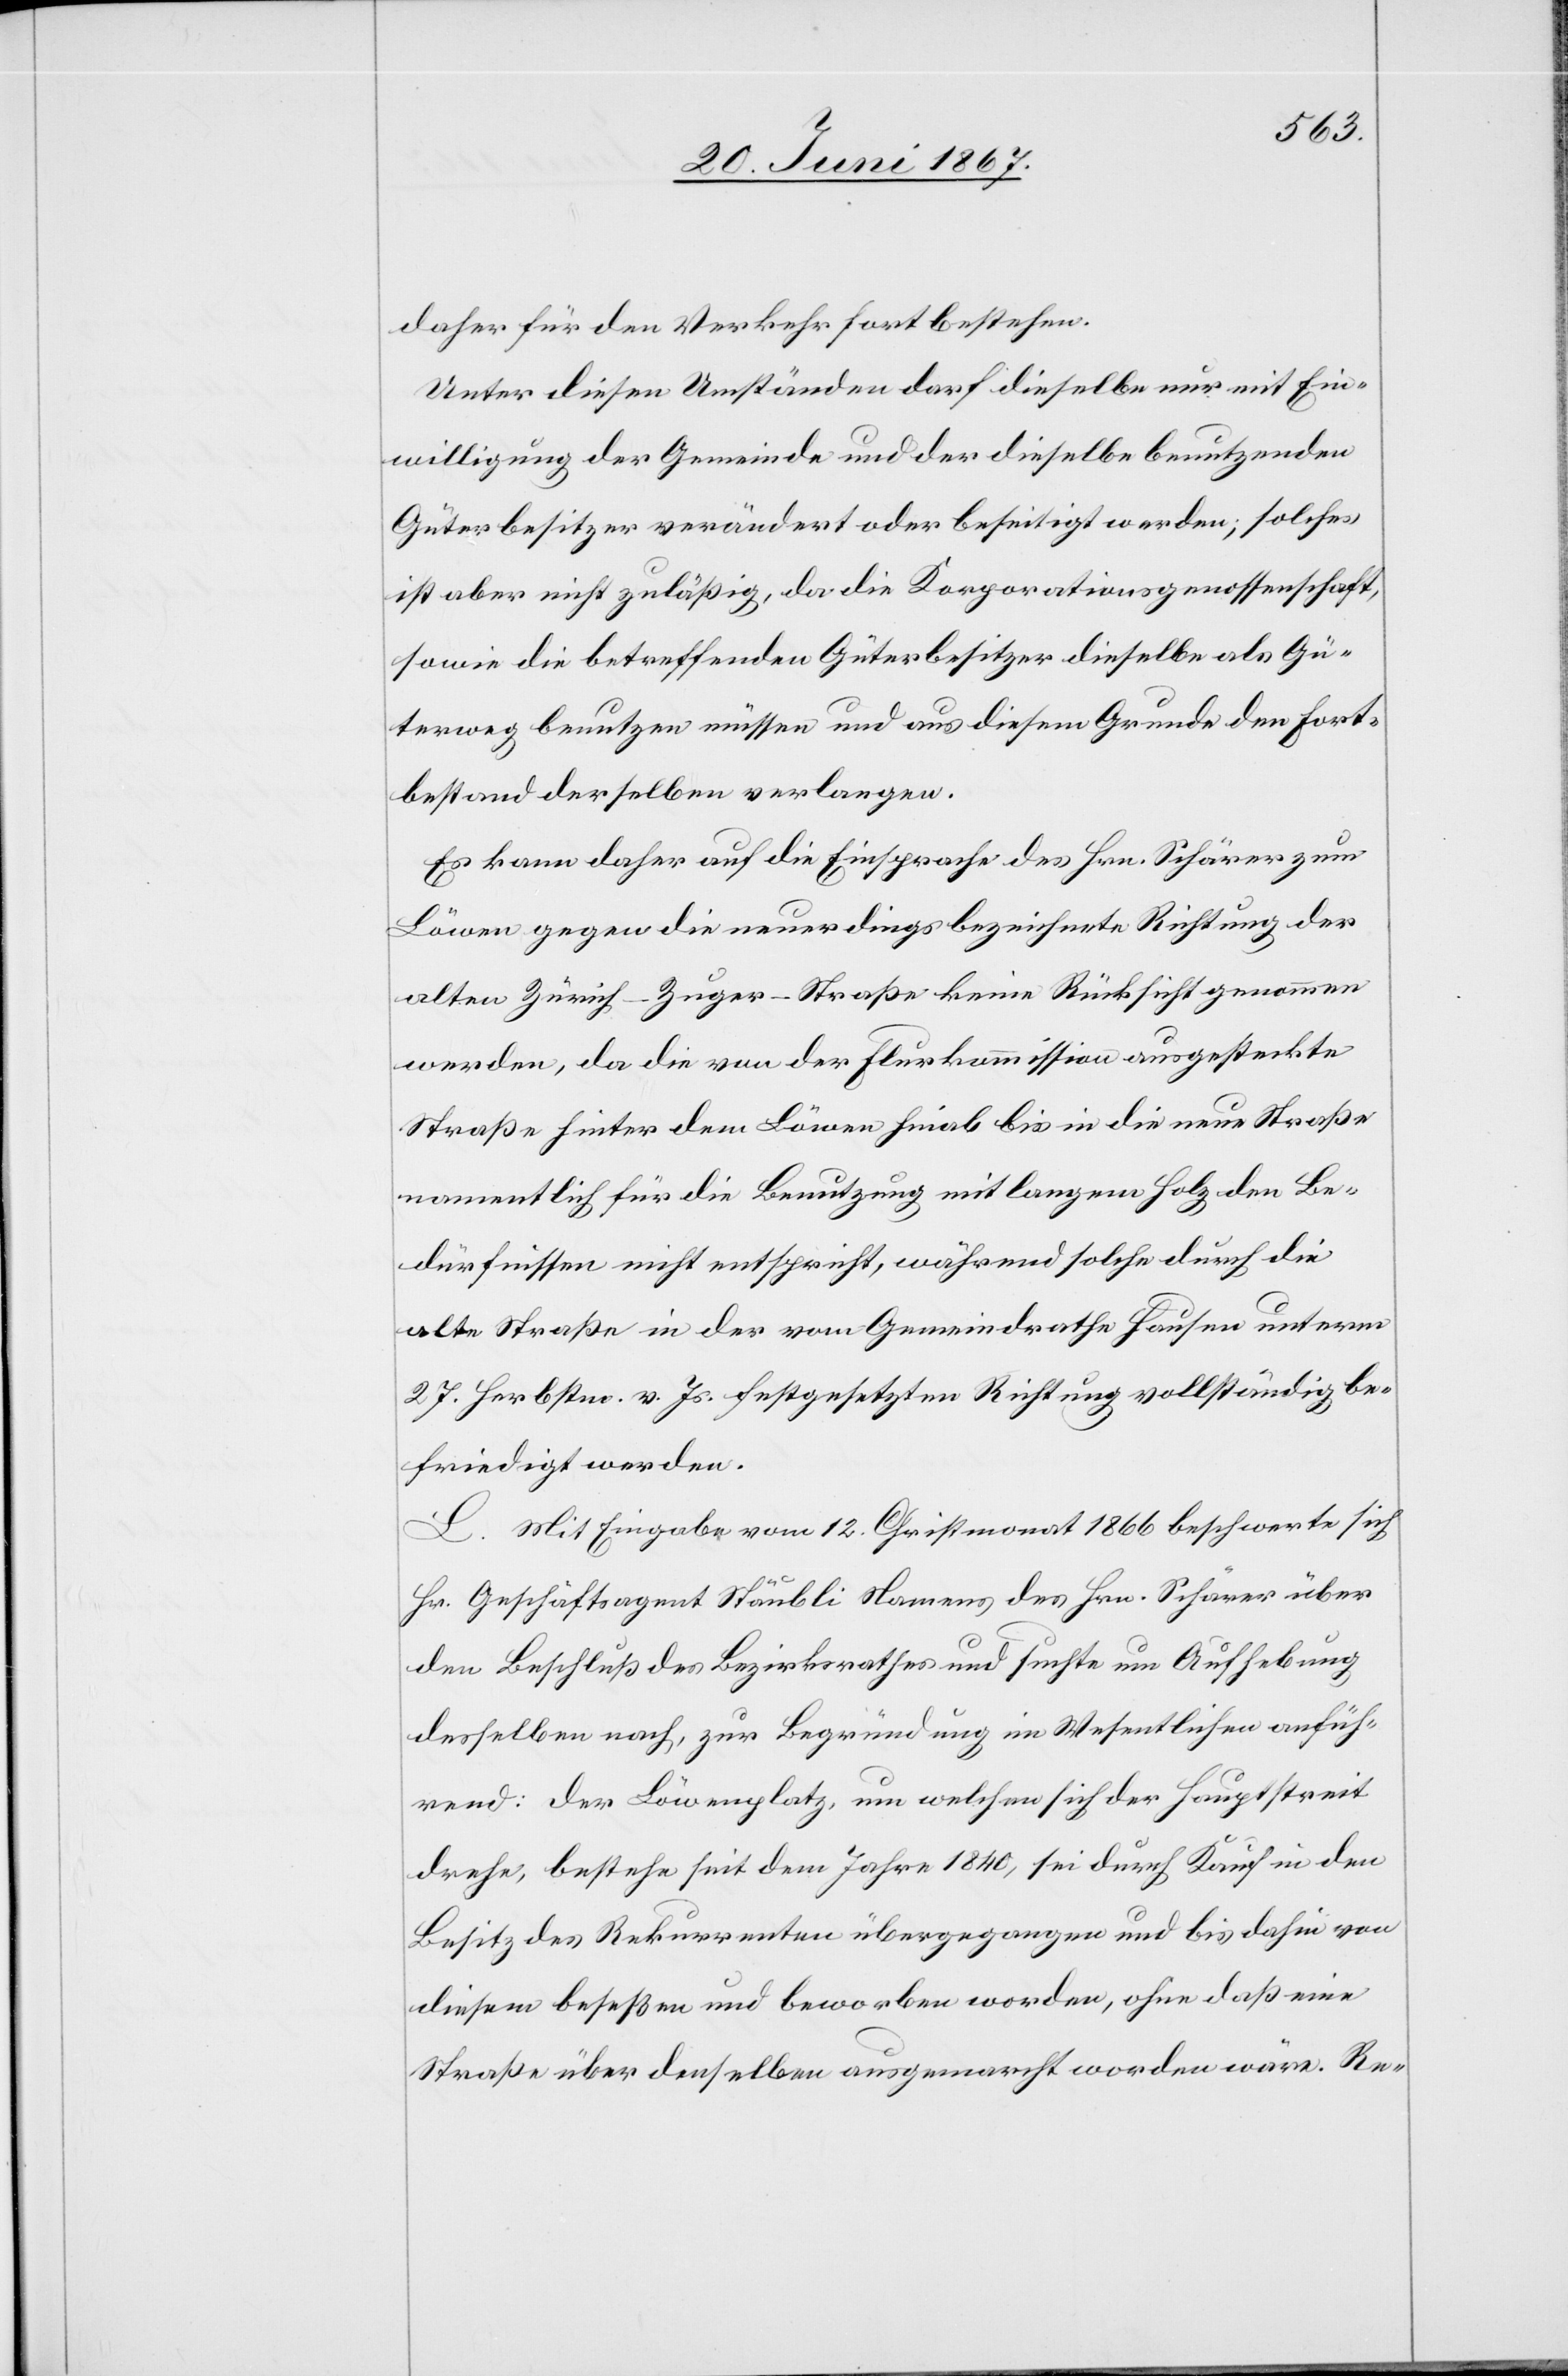
daher für den Verkehr fortbestehen.
Unter diesen Umständen darf dieselbe nur mit Ein¬
willigung der Gemeinde und der dieselbe benutzenden
Güterbesitzer verändert oder beseitigt werden; solches
ist aber nicht zuläßig, da die Korporationsgenossenschaft,
sowie die betreffenden Güterbesitzer dieselbe als Gü¬
terweg benutzen müssen und aus diesem Grunde den Fort¬
bestand derselben verlangen.
Es kann daher auf die Einsprache des Hrn. Schärer zu
Löwen gegen die neuerdings bezeichnete Richtung der
alten Zürich–Zuger-Straße keine Rücksicht genommen
werden, da die von der Flurkommission ausgesteckte
Straße hinter dem Löwen hinab bis in die neue Straße
namentlich für die Benutzung mit langem Holz den Be¬
dürfnissen nicht entspricht, während solche durch die
alte Straße in der vom Gemeindrathe Hausen unterm
27. Herbstm. v. Js. festgesetzten Richtung vollständig be¬
friedigt werden.
L. Mit Eingabe vom 12. Christmonat 1866 beschwerte sich
Hr. Geschäftsagent Stäubli Namens des Hrn. Schärer über
den Beschluß des Bezirksrathes und suchte um Aufhebung
desselben nach, zur Begründung im Wesentlichen anfüh¬
rend: der Löwenplatz, um welchen sich der Hauptstreit
drehe, bestehe seit dem Jahre 1840, sei durch Kauf in den
Besitz des Rekurrenten übergegangen und bis dahin von
diesem beseßen und beworben worden, ohne daß eine
Straße über denselben ausgemarcht worden wäre. Re-